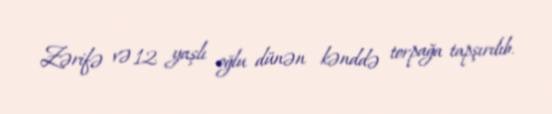
Zərifə və 12 yaşlı oğlu dünən kənddə torpağa tapşırılıb.